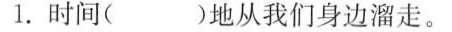
1.时间( )地从我们身边溜走。